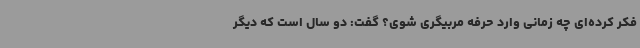
فکر کرده‌ای چه زمانی وارد حرفه مربیگری شوی؟ گفت: دو سال است که دیگر